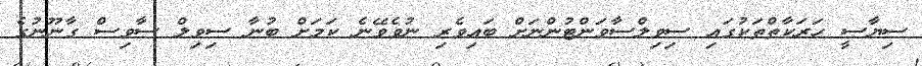
ސިޔާސީ ހަރަކާތްތަކުގައި ސިވިލްސާވަންޓުންނަށް ބައިވެރި ނުވެވޭނެ ކަމަށް ބުނާ ސިވިލް ސާވިސް ގާނޫނުގެ